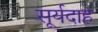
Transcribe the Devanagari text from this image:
सूर्यदाह